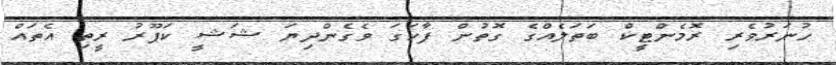
ހުނަރުވެރި ރޮމެންޓީކް ބަތަލެއްގެ ގޮތުން ފާހަގަ ވެގެންދިޔަ ޝަޝީ ކަޕޫރު ރީތި އެތައް